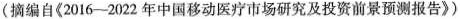
（摘编自《2016-2022年中国移动医疗市场研究及投资前景预测报告》)